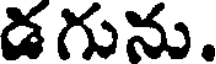
డగును.